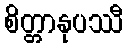
စိတ္တာနုပဿီ